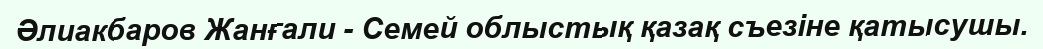
Әлиакбаров Жанғали - Семей облыстық қазақ съезіне қатысушы.